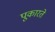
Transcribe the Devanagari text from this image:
पूकारते